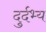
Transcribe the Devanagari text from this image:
दुर्दभ्य